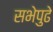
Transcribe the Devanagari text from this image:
सभेपुढे